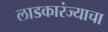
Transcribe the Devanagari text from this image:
लाडकारंज्याचा